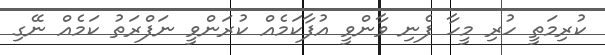
ކުރިމަތީ ހުރި މީހާ ފެނި ވާންވީ އުފާކަމެއް ކުރަންވީ ނަފްރަތު ކަމެއް ނޭގި